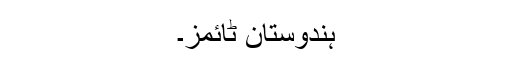
ہندوستان ٹائمز۔